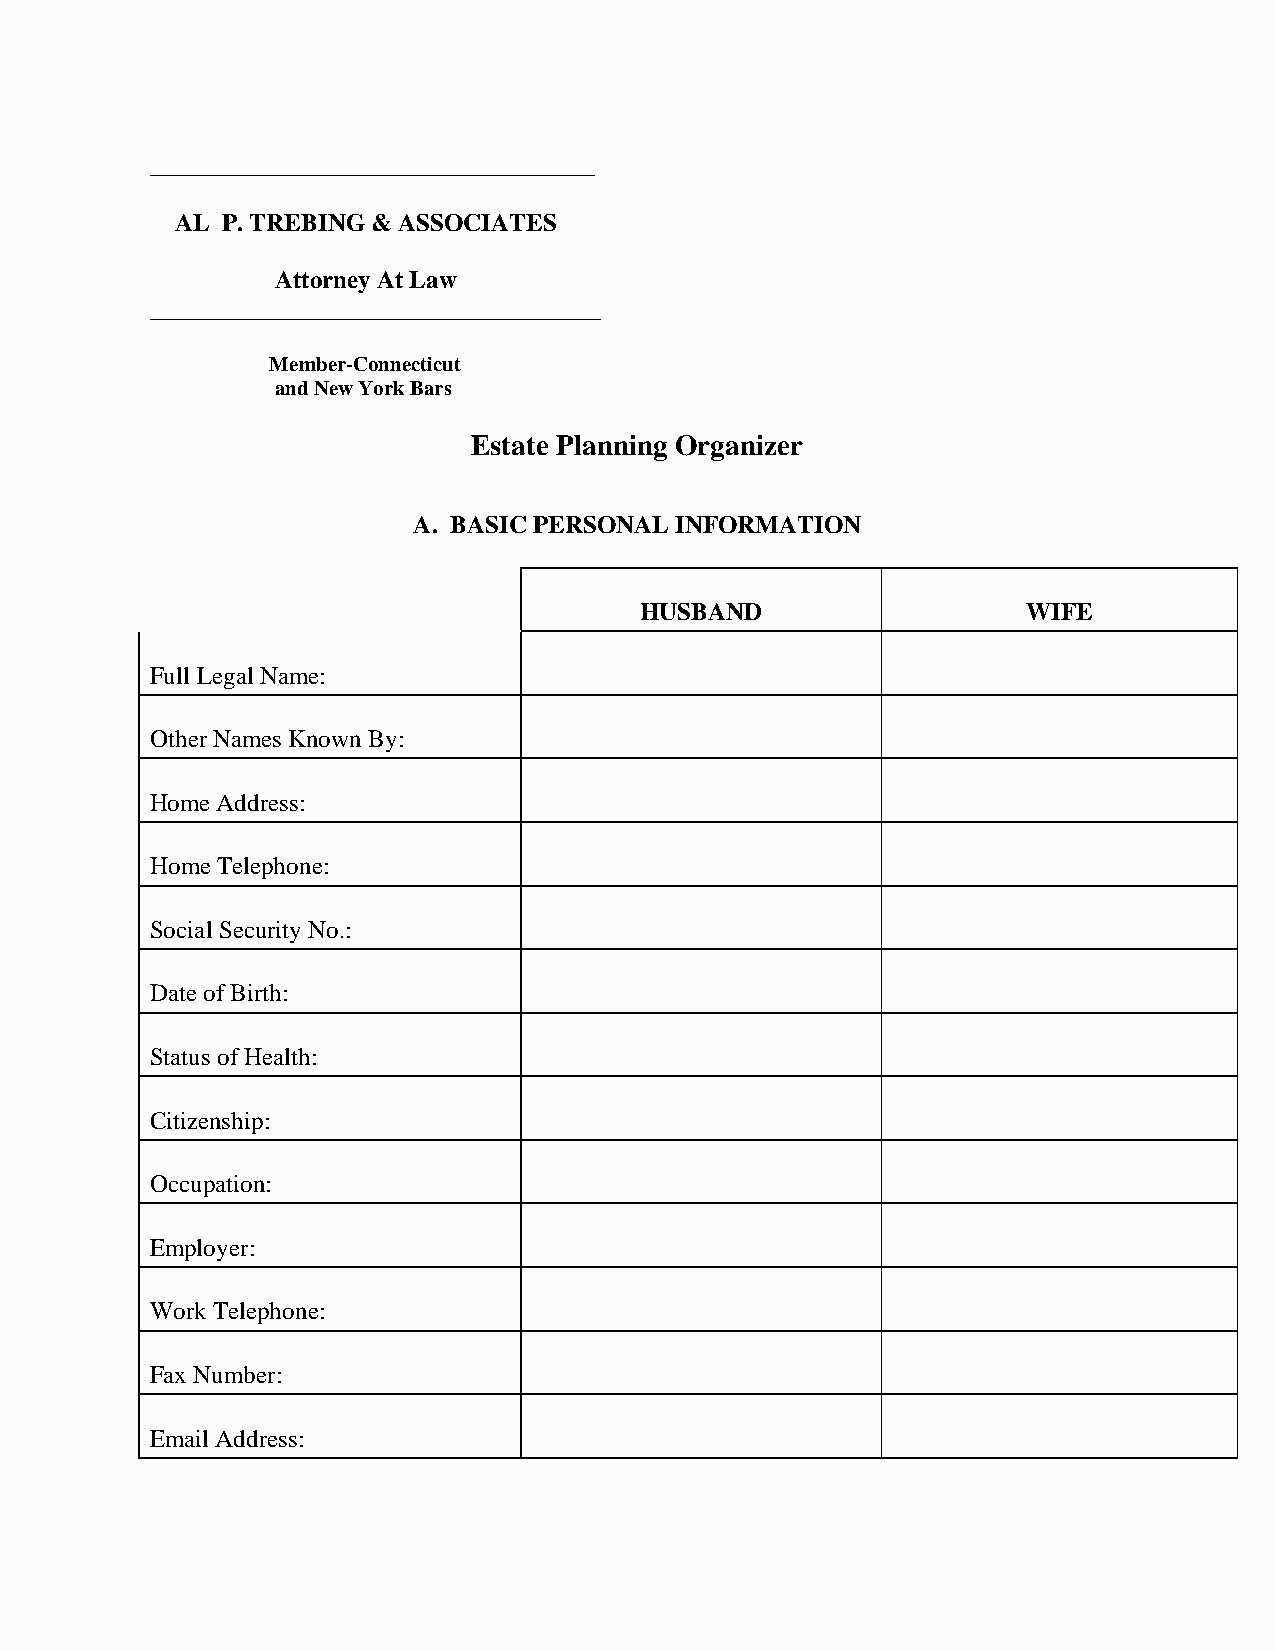
________________________________
 AL P. TREBING & ASSOCIATES
 Attorney At Law
 ____________________________________
 Member-Connecticut
 and New York Bars
 Estate Planning Organizer
 A. BASIC PERSONAL INFORMATION
 HUSBAND                   WIFE
 Full Legal Name:
 Other Names Known By:
 Home Address:
 Home Telephone:
 Social Security No.:
 Date of Birth:
 Status of Health:
 Citizenship:
 Occupation:
 Employer:
 Work Telephone:
 Fax Number:
 Email Address: